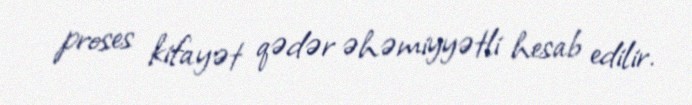
proses kifayət qədər əhəmiyyətli hesab edilir.